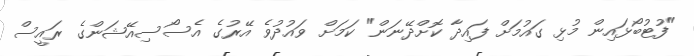
"ފުޓުބޯޅައިން މުޅި ގައުމަށް ފައިދާ ކޮށްދޭނަން" ކަމަށް ވައުދުވެ އޭރުގެ އެސޯސިއޭޝަންގެ ރައީސް